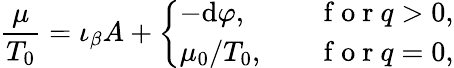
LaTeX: \frac{\mu}{T_{0}}=\iota_{\beta}A+\left\{ \begin{array}{ll}{-\mathrm{d}\varphi,}&{\quad\mathrm{~f~o~r~}q>0,}\\ {\mu_{0}/T_{0},}&{\quad\mathrm{~f~o~r~}q=0,}\end{array}\right.